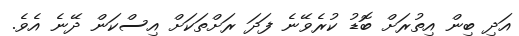
އަދި ބިން އިތުރަށް ބޮޑު ކުރެވޭނެ ފަދަ ރަށްތަކަށް އިސްކަން ދޭނެ އެވެ.